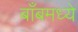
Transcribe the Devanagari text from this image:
बाँबमध्ये